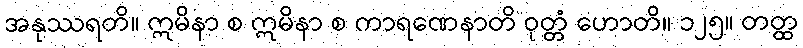
အနုဿရတိ။ ဣမိနာ စ ဣမိနာ စ ကာရဏေနာတိ ဝုတ္တံ ဟောတိ။ ၁၂၅။ တတ္ထ